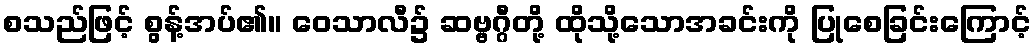
စသည်ဖြင့် စွန့်အပ်၏။ ဝေသာလီ၌ ဆဗ္ဗဂ္ဂီတို့ ထိုသို့သောအခင်းကို ပြုစေခြင်းကြောင့်